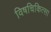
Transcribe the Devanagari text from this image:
विषचिकित्सा